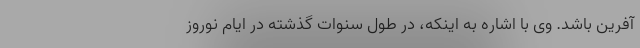
آفرین باشد. وی با اشاره به اینکه، در طول سنوات گذشته در ایام نوروز